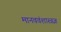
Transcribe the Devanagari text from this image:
मानववंशास्त्रज्ञ